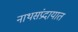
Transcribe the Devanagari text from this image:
नाथसंप्रदायात